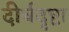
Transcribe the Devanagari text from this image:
दीर्घदृष्टा